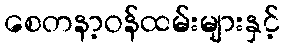
စေတနာ့ဝန်ထမ်းများနှင့်